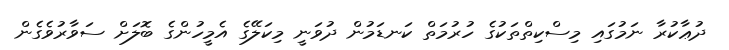
ދުޢާކުރާ ނަމުގައި މިސްކިތްތަކުގެ ހުރުމަތް ކަނޑަމުން ދުވަނީ މިކަލޭގެ އެމީހުންގެ ބޮލަށް ސަވާރުވެގެން